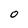
Character: 0